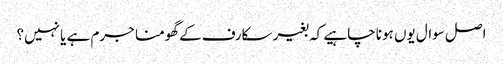
اصل سوال یوں ہونا چاہیے کہ بغیر سکارف کے گھومنا جرم ہے یا نہیں؟